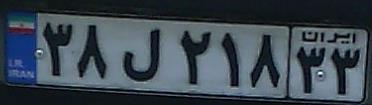
۳۸ل۲۱۸۳۳